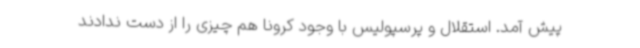
پیش آمد. استقلال و پرسپولیس با وجود کرونا هم چیزی را از دست ندادند